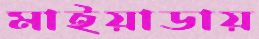
মাইয়াডায়